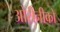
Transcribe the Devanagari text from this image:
ओरीनीको